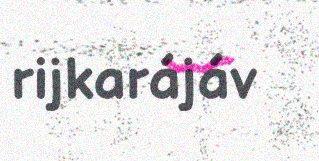
rijkarájáv